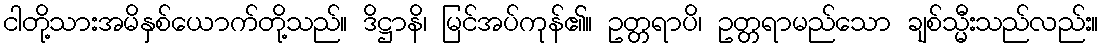
ငါတို့သားအမိနှစ်ယောက်တို့သည်။ ဒိဋ္ဌာနိ၊ မြင်အပ်ကုန်၏။ ဥတ္တရာပိ၊ ဥတ္တရာမည်သော ချစ်သ္မီးသည်လည်း။